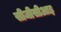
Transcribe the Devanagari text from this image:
सीजीसीआइ